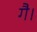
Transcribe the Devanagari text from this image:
गै।